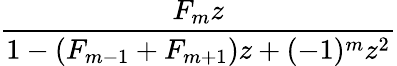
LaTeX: \frac{F_{m}z}{1-(F_{m-1}+F_{m+1})z+(-1)^{m}z^{2}}